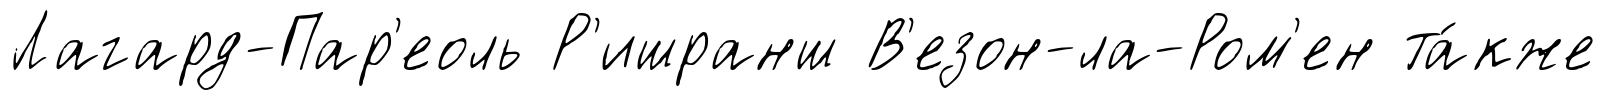
Лагард-Пар'еоль Р'ишранш В'езон-ла-Ром'ен та́кже